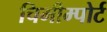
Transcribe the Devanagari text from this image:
चिमीम्पोर्ट